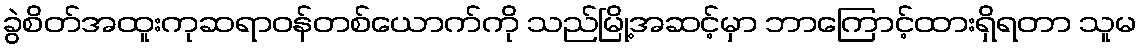
ခွဲစိတ်အထူးကုဆရာဝန်တစ်ယောက်ကို သည်မြို့အဆင့်မှာ ဘာကြောင့်ထားရှိရတာ သူမ